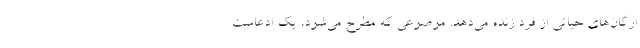
ارگان‌های حیاتی از فرد زنده می‌دهد. موضوعی که مطرح می‌شود، یک ادعاست